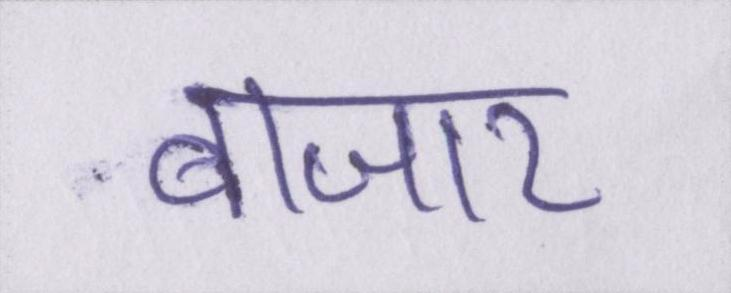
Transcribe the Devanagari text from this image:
बाजार